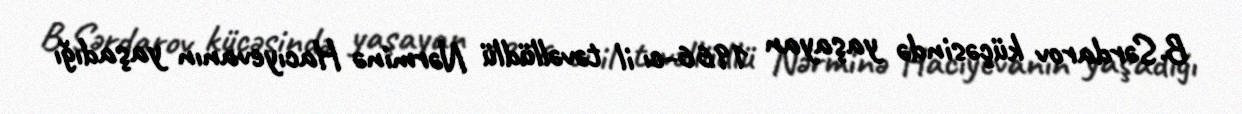
B.Sərdarov küçəsində yaşayan 1966-cı il təvəllüdlü Nərminə Hacıyevanın yaşadığı